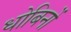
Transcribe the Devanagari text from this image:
धोबिनों